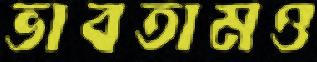
ভাবতামও